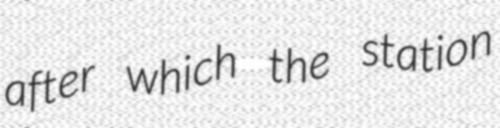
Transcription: after which the station